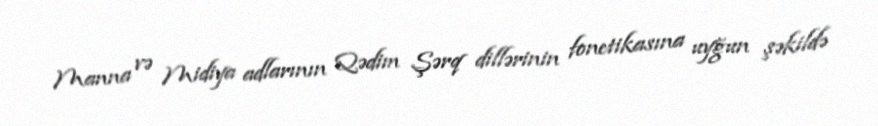
Manna və Midiya adlarının Qədim Şərq dillərinin fonetikasına uyğun şəkildə